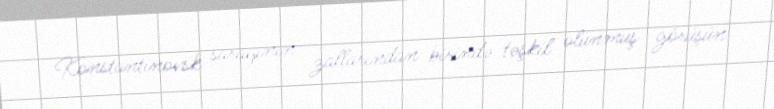
Konstantinovsk sarayının zallarından birində təşkil olunmuş görüşün